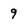
Character: 9